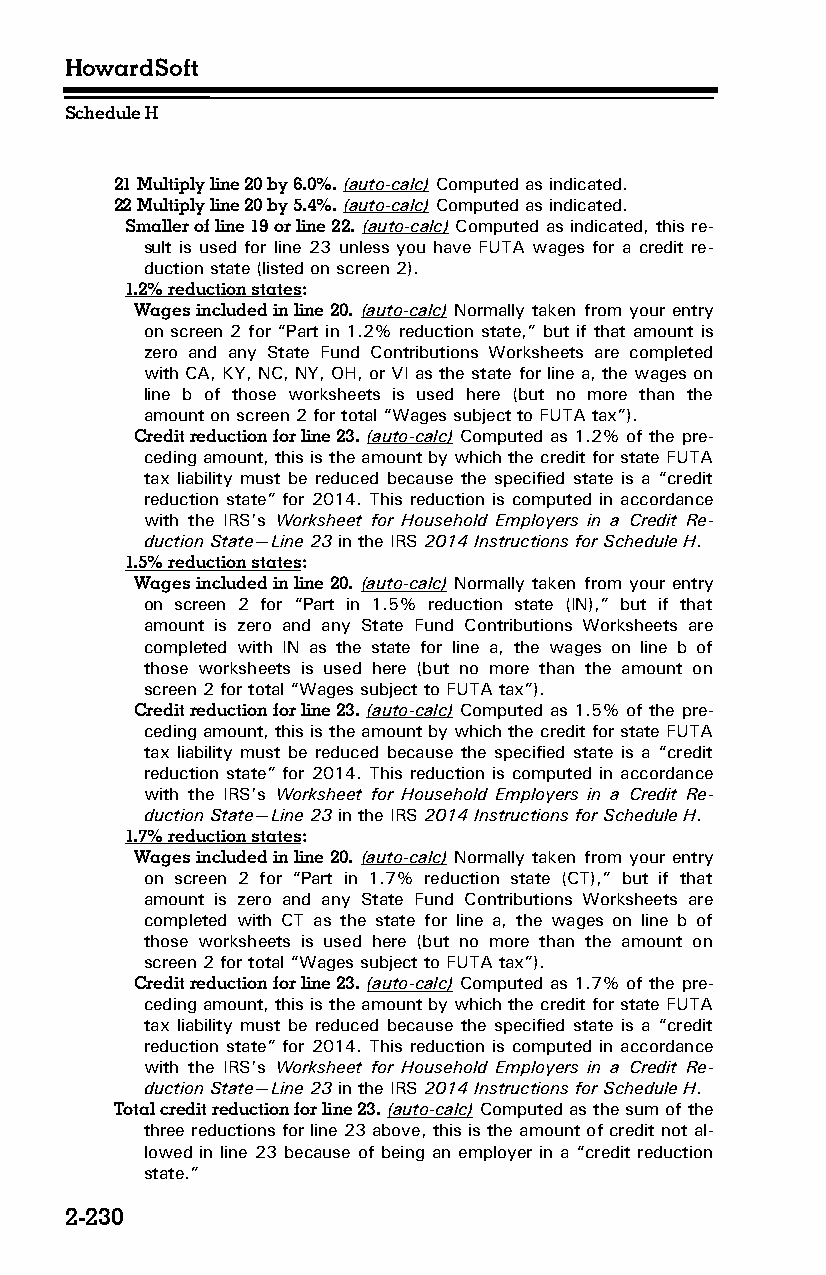
HowardSoft
 Schedule H
 21 Multiply line 20 by 6.0%. (auto-calc) Computed as indicated.
 22 Multiply line 20 by 5.4%. (auto-calc) Computed as indicated.
 Smaller of line 19 or line 22. (auto-calc) Computed as indicated, this re­
 sult is used for line 23 unless you have FUTA wages for a credit re­
 duction state (listed on screen 2).
 1.2% reduction states:
 Wages included in line 20. (auto-calc) Normally taken from your entry
 on screen 2 for “Part in 1.2% reduction state,” but if that amount is
 zero and any State Fund Contributions Worksheets are completed
 with CA, KY, NC, NY, OH, or VI as the state for line a, the wages on
 line b of those worksheets is used here (but no more than the
 amount on screen 2 for total “Wages subject to FUTA tax”).
 Credit reduction for line 23. (auto-calc) Computed as 1.2% of the pre­
 ceding amount, this is the amount by which the credit for state FUTA
 tax liability must be reduced because the specified state is a “credit
 reduction state” for 2014. This reduction is computed in accordance
 with the IRS’s Worksheet for Household Employers in a Credit Re­
 duction State—Line 23 in the IRS 2014 Instructions for Schedule H.
 1.5% reduction states:
 Wages included in line 20. (auto-calc) Normally taken from your entry
 on screen 2 for “Part in 1.5% reduction state (IN),” but if that
 amount is zero and any State Fund Contributions Worksheets are
 completed with IN as the state for line a, the wages on line b of
 those worksheets is used here (but no more than the amount on
 screen 2 for total “Wages subject to FUTA tax”).
 Credit reduction for line 23. (auto-calc) Computed as 1.5% of the pre­
 ceding amount, this is the amount by which the credit for state FUTA
 tax liability must be reduced because the specified state is a “credit
 reduction state” for 2014. This reduction is computed in accordance
 with the IRS’s Worksheet for Household Employers in a Credit Re­
 duction State—Line 23 in the IRS 2014 Instructions for Schedule H.
 1.7% reduction states:
 Wages included in line 20. (auto-calc) Normally taken from your entry
 on screen 2 for “Part in 1.7% reduction state (CT),” but if that
 amount is zero and any State Fund Contributions Worksheets are
 completed with CT as the state for line a, the wages on line b of
 those worksheets is used here (but no more than the amount on
 screen 2 for total “Wages subject to FUTA tax”).
 Credit reduction for line 23. (auto-calc) Computed as 1.7% of the pre­
 ceding amount, this is the amount by which the credit for state FUTA
 tax liability must be reduced because the specified state is a “credit
 reduction state” for 2014. This reduction is computed in accordance
 with the IRS’s Worksheet for Household Employers in a Credit Re­
 duction State—Line 23 in the IRS 2014 Instructions for Schedule H.
 Total credit reduction for line 23. (auto-calc) Computed as the sum of the
 three reductions for line 23 above, this is the amount of credit not al­
 lowed in line 23 because of being an employer in a “credit reduction
 state.”
 2-230